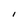
Character: l